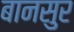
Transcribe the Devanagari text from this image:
बानसुर